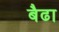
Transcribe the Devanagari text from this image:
बैढा